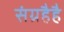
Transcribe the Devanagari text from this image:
संग्रहैहै